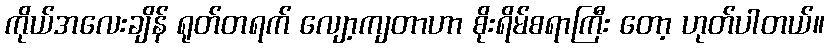
ကိုယ်အလေးချိန် ရုတ်တရက် လျော့ကျတာဟာ စိုးရိမ်စရာကြီး တော့ ဟုတ်ပါတယ်။